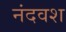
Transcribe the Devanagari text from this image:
नंदवश